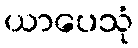
ယာပေသုံ